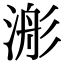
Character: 𣹊